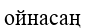
ойнасаң